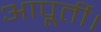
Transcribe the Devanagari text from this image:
आपूर्ती।